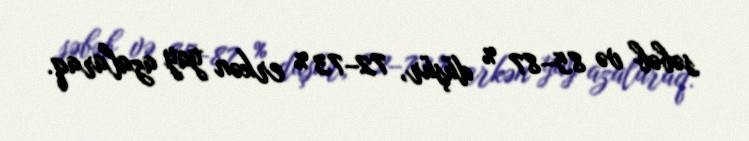
səbəb və 85–87 % düşür, 72–73 % erkən yay azalaraq.